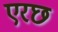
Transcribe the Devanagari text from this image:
एरछ